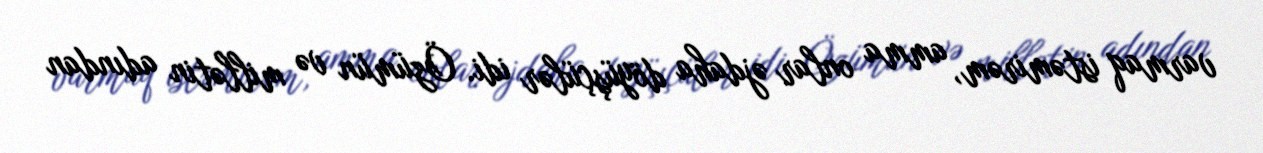
varmaq istəmirəm, amma onlar əjdaha döyüşçülər idi. Özümün və millətin adından